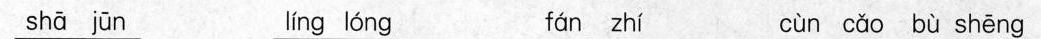
sha jun ling long fan zhi cun cao bu sheng